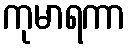
ကုမာရကာ